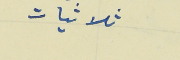
ثلاثيات